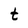
Character: t